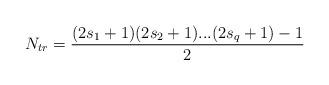
LaTeX: \begin{align*}N_{tr}=\frac{(2s_1+1)(2s_2+1)...(2s_q+1)-1}{2}\end{align*}